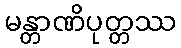
မန္တာဏိပုတ္တဿ